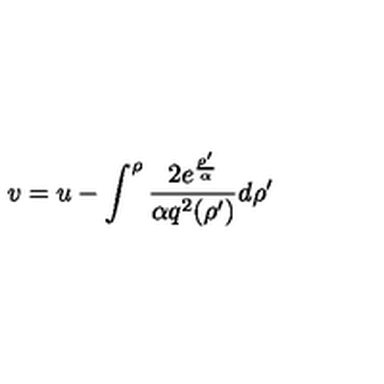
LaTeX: v = u - \int _ { } ^ { \rho } { \frac { 2 e ^ { \frac { \rho ^ { \prime } } { \alpha } } } { \alpha q ^ { 2 } ( \rho ^ { \prime } ) } } d \rho ^ { \prime }